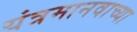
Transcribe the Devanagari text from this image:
यंत्रमानवाच्या